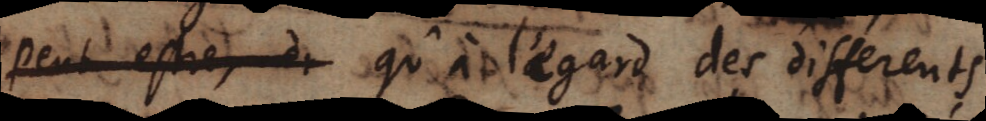
peut estre, _ qu’à l’egard des differents